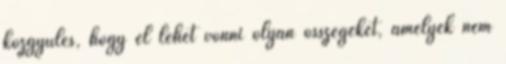
közgyűlés, hogy el lehet vonni olyan összegeket, amelyek nem